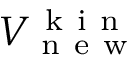
V _ { \mathrm { ~ n ~ e ~ w ~ } } ^ { \mathrm { ~ k ~ i ~ n ~ } }